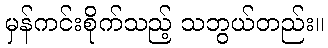
မှန်ကင်းစိုက်သည့် သဘွယ်တည်း။